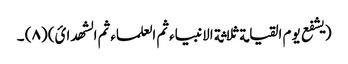
(یشفع یوم القیامة ثلاثة الانبیاء ثم العلماء ثم الشھدائ) (٨) ۔